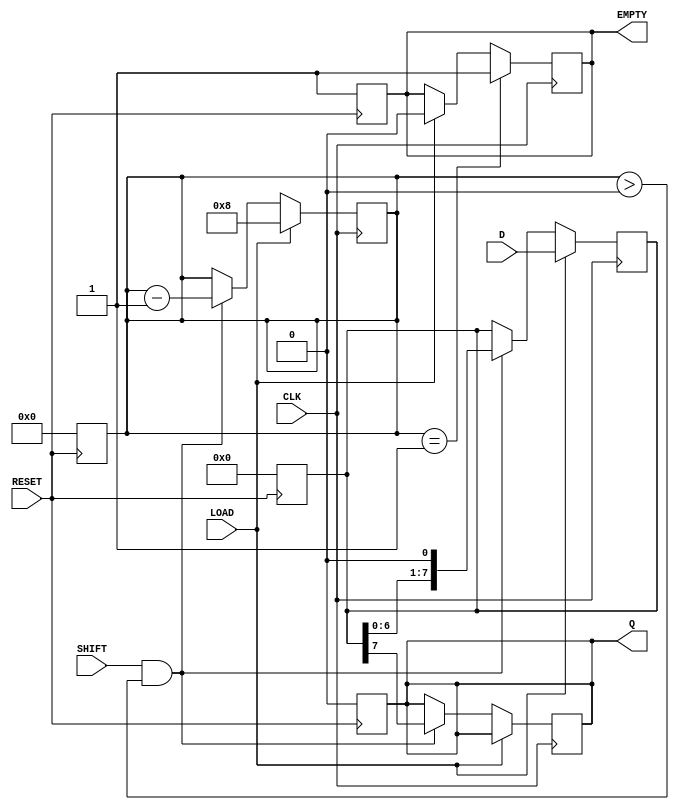
module PISO_Register #(
    parameter WIDTH = 8  // Define the width of the parallel input
)(
    input wire [WIDTH-1:0] D,     // Parallel Data Input
    input wire CLK,                // Clock Input
    input wire LOAD,               // Load Control Signal
    input wire SHIFT,              // Shift Control Signal
    input wire RESET,              // Asynchronous Reset
    output reg Q,                  // Serial Data Output
    output reg EMPTY               // Status Signal: Indicates when the register is empty
);

    reg [WIDTH-1:0] shift_reg;     // Internal shift register
    reg [3:0] count;                // Counter to track the number of bits shifted out

    // Asynchronous Reset
    always @(posedge RESET) begin
        shift_reg <= 0;
        Q <= 0;
        count <= 0;
        EMPTY <= 1;                // Register is empty after reset
    end

    // Load data into the shift register on LOAD signal
    always @(posedge CLK) begin
        if (LOAD) begin
            shift_reg <= D;         // Load parallel data into the shift register
            count <= WIDTH;        // Set count to the width of the register
            EMPTY <= 0;            // Register is not empty after loading
        end
        else if (SHIFT && count > 0) begin
            Q <= shift_reg[WIDTH-1]; // Output the MSB of the shift register
            shift_reg <= shift_reg << 1; // Shift left
            count <= count - 1;     // Decrement the count
        end
        
        // Check if the register is empty after shifting
        if (count == 1) begin
            EMPTY <= 1;             // Register is empty after last bit is shifted out
        end
    end

endmodule